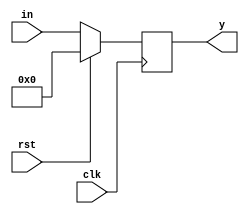
module pipo_4bit (
					input clk,rst,
					input [3:0] in,
					output reg [3:0] y);
reg [3:0] temp;
					
always@(posedge clk)
begin

	if (rst)
		y<=4'd0;
	else
		y<=in;
end
endmodule